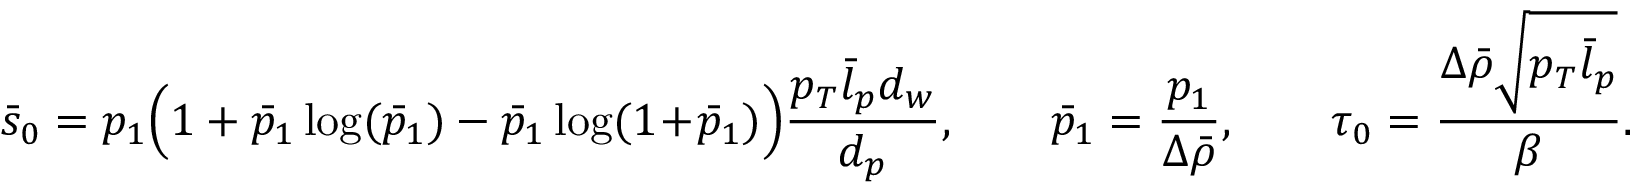
\bar { s } _ { 0 } = p _ { 1 } \Bigl ( 1 + \bar { p } _ { 1 } \log ( \bar { p } _ { 1 } ) - \bar { p } _ { 1 } \log ( 1 \! + \! \bar { p } _ { 1 } ) \Bigr ) \frac { p _ { T } \bar { l } _ { p } d _ { w } } { d _ { p } } , \qquad \bar { p } _ { 1 } = \frac { p _ { 1 } } { \Delta \bar { \rho } } , \qquad \tau _ { 0 } = \frac { \Delta \bar { \rho } \sqrt { p _ { T } \bar { l } _ { p } } } { \beta } .